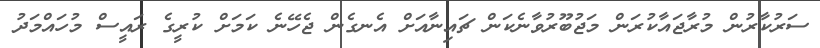
ސަރުކާރުން މުރާޖައާކުރަން މަޖުބޫރުވާނެކަން ޗައިނާއަށް އެނގެން ޖެހޭނެ ކަމަށް ކުރީގެ ރައީސް މުހައްމަދު